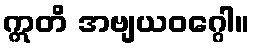
ဣတိ အဗျယဝဂ္ဂေါ။